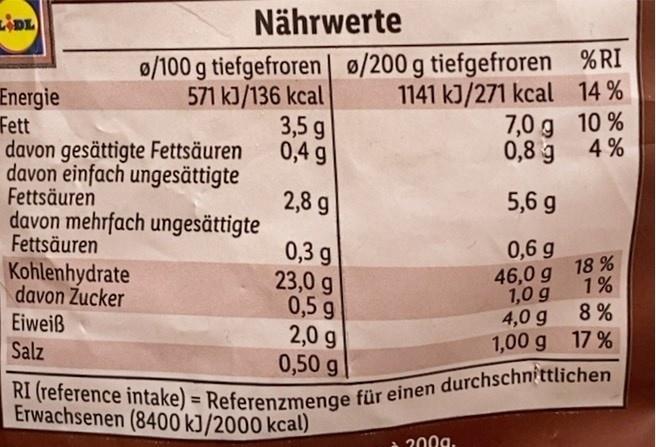
Nährwerte
0/100 g tiefgefroren | ø/200 g tiefgefroren %RI 1141 kJ/271 kcal 14 % 7,0 g 10 % 0,8 g 4 %
571 kJ/136 kcal 3,5 g 0,4 g
Energie Fett davon gesättigte Fettsäuren davon einfach ungesättigte Fettsäuren davon mehrfach ungesättigte Fettsäuren
2,8 g
5,6 g
0,3 g 23,0 g 0,5 g 2,0 g 0,50 g
0,6 g
Kohlenhydrate
46,0 g 18 %
davon Zucker Eiweiß Salz
1,0 g 1% 8 % 4,0 g
1,00 g 17 %
RI (reference intake) = Referenzmenge für einen durchschnittlichen Erwachsenen (8400 kJ/2000 kcal)
a 200g.